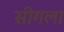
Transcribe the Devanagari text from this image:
सीगला